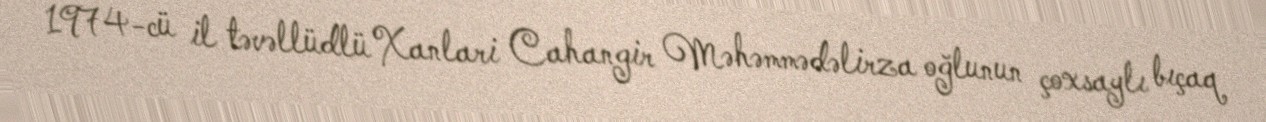
1974-cü il təvəllüdlü Xanlari Cahangir Məhəmmədəlirza oğlunun çoxsaylı bıçaq